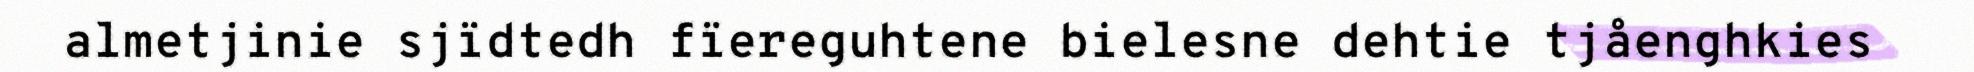
almetjinie sjïdtedh fïereguhtene bielesne dehtie tjåenghkies